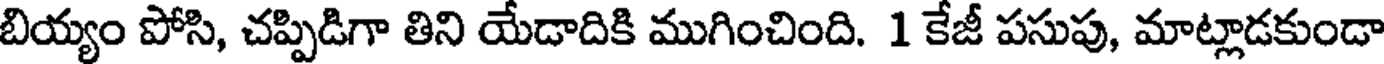
బియ్యం పోసి, చప్పిడిగా తిని యేడాదికి ముగించింది. 1 కేజీ పసుపు, మాట్లాడకుండా